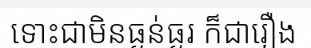
ទោះជាមិនធ្ងន់ធ្ងរ ក៏ជារឿង